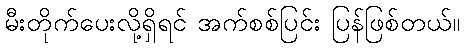
မီးတိုက်ပေးလို့ရှိရင် အက်စစ်ပြင်း ပြန်ဖြစ်တယ်။